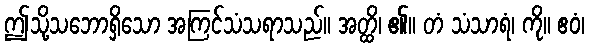
ဤသို့သဘောရှိသော အကြင်သံသရာသည်။ အတ္ထိ၊ ၏။ တံ သံသာရံ၊ ကို။ ဧဝံ၊